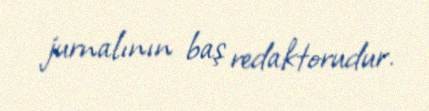
jurnalının baş redaktorudur.